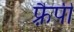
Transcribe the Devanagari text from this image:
फ़्रैपी